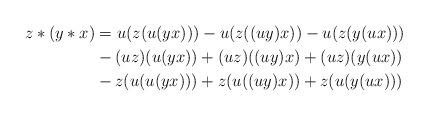
LaTeX: \begin{align*} z\ast (y\ast x) & =u(z(u(yx)))-u(z((uy)x))-u(z(y(ux))) \\ & -(uz)(u(yx))+(uz)((uy)x)+(uz)(y(ux)) \\ & -z(u(u(yx)))+z(u((uy)x))+z(u(y(ux))) \end{align*}